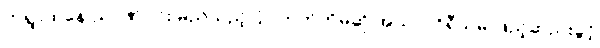
တရွာထဲနေ ညာဏ်ဝင်း မည်သည့်ပြိုင်ဘက်ကိုမဆို အယ်လဂိုရီသမ် ဖြည့်ဆည်းခွင့်